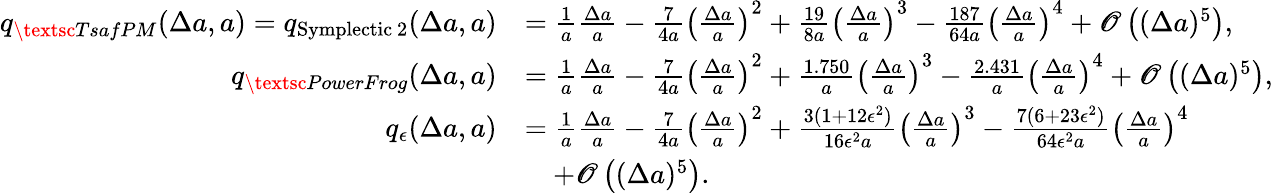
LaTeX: \begin{array}{rl}{q_{\textsc{TsafPM}}(\Delta a,a)=q_{\mathrm{{Symplectic~2}}}(\Delta a,a)}&{=\frac{1}{a}\frac{\Delta a}{a}-\frac{7}{4a}\left(\frac{\Delta a}{a}\right)^{2}+\frac{19}{8a}\left(\frac{\Delta a}{a}\right)^{3}-\frac{187}{64a}\left(\frac{\Delta a}{a}\right)^{4}+\mathscr{O}\left((\Delta a)^{5}\right),}\\ {q_{\textsc{PowerFrog}}(\Delta a,a)}&{=\frac{1}{a}\frac{\Delta a}{a}-\frac{7}{4a}\left(\frac{\Delta a}{a}\right)^{2}+\frac{1.750}{a}\left(\frac{\Delta a}{a}\right)^{3}-\frac{2.431}{a}\left(\frac{\Delta a}{a}\right)^{4}+\mathscr{O}\left((\Delta a)^{5}\right),}\\ {q_{\epsilon}(\Delta a,a)}&{=\frac{1}{a}\frac{\Delta a}{a}-\frac{7}{4a}\left(\frac{\Delta a}{a}\right)^{2}+\frac{3(1+12\epsilon^{2})}{16\epsilon^{2}a}\left(\frac{\Delta a}{a}\right)^{3}-\frac{7(6+23\epsilon^{2})}{64\epsilon^{2}a}\left(\frac{\Delta a}{a}\right)^{4}}\\ &{\quad+\mathscr{O}\left((\Delta a)^{5}\right).}\end{array}